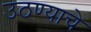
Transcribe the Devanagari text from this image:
उठण्याचे